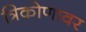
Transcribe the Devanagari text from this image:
त्रिकोणावर